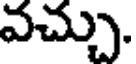
వచ్చు.